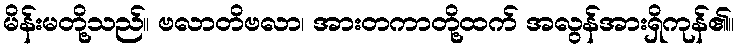
မိန်းမတို့သည်။ ဗလာတိဗလာ၊ အားတကာတို့ထက် အလွန်အားရှိကုန်၏။